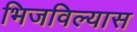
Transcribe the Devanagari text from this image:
भिजविल्यास